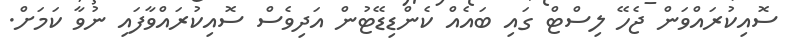
ސޮއިކުރައްވަން ޖެހޭ ލިސްޓް ގައި ބައެއް ކެންޑިޑޭޓުން އަދިވެސް ސޮއިކުރައްވާފައި ނުވާ ކަމަށް.